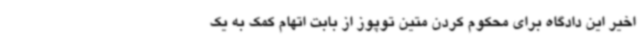
اخیر این دادگاه برای محکوم کردن متین توپوز از بابت اتهام کمک به یک